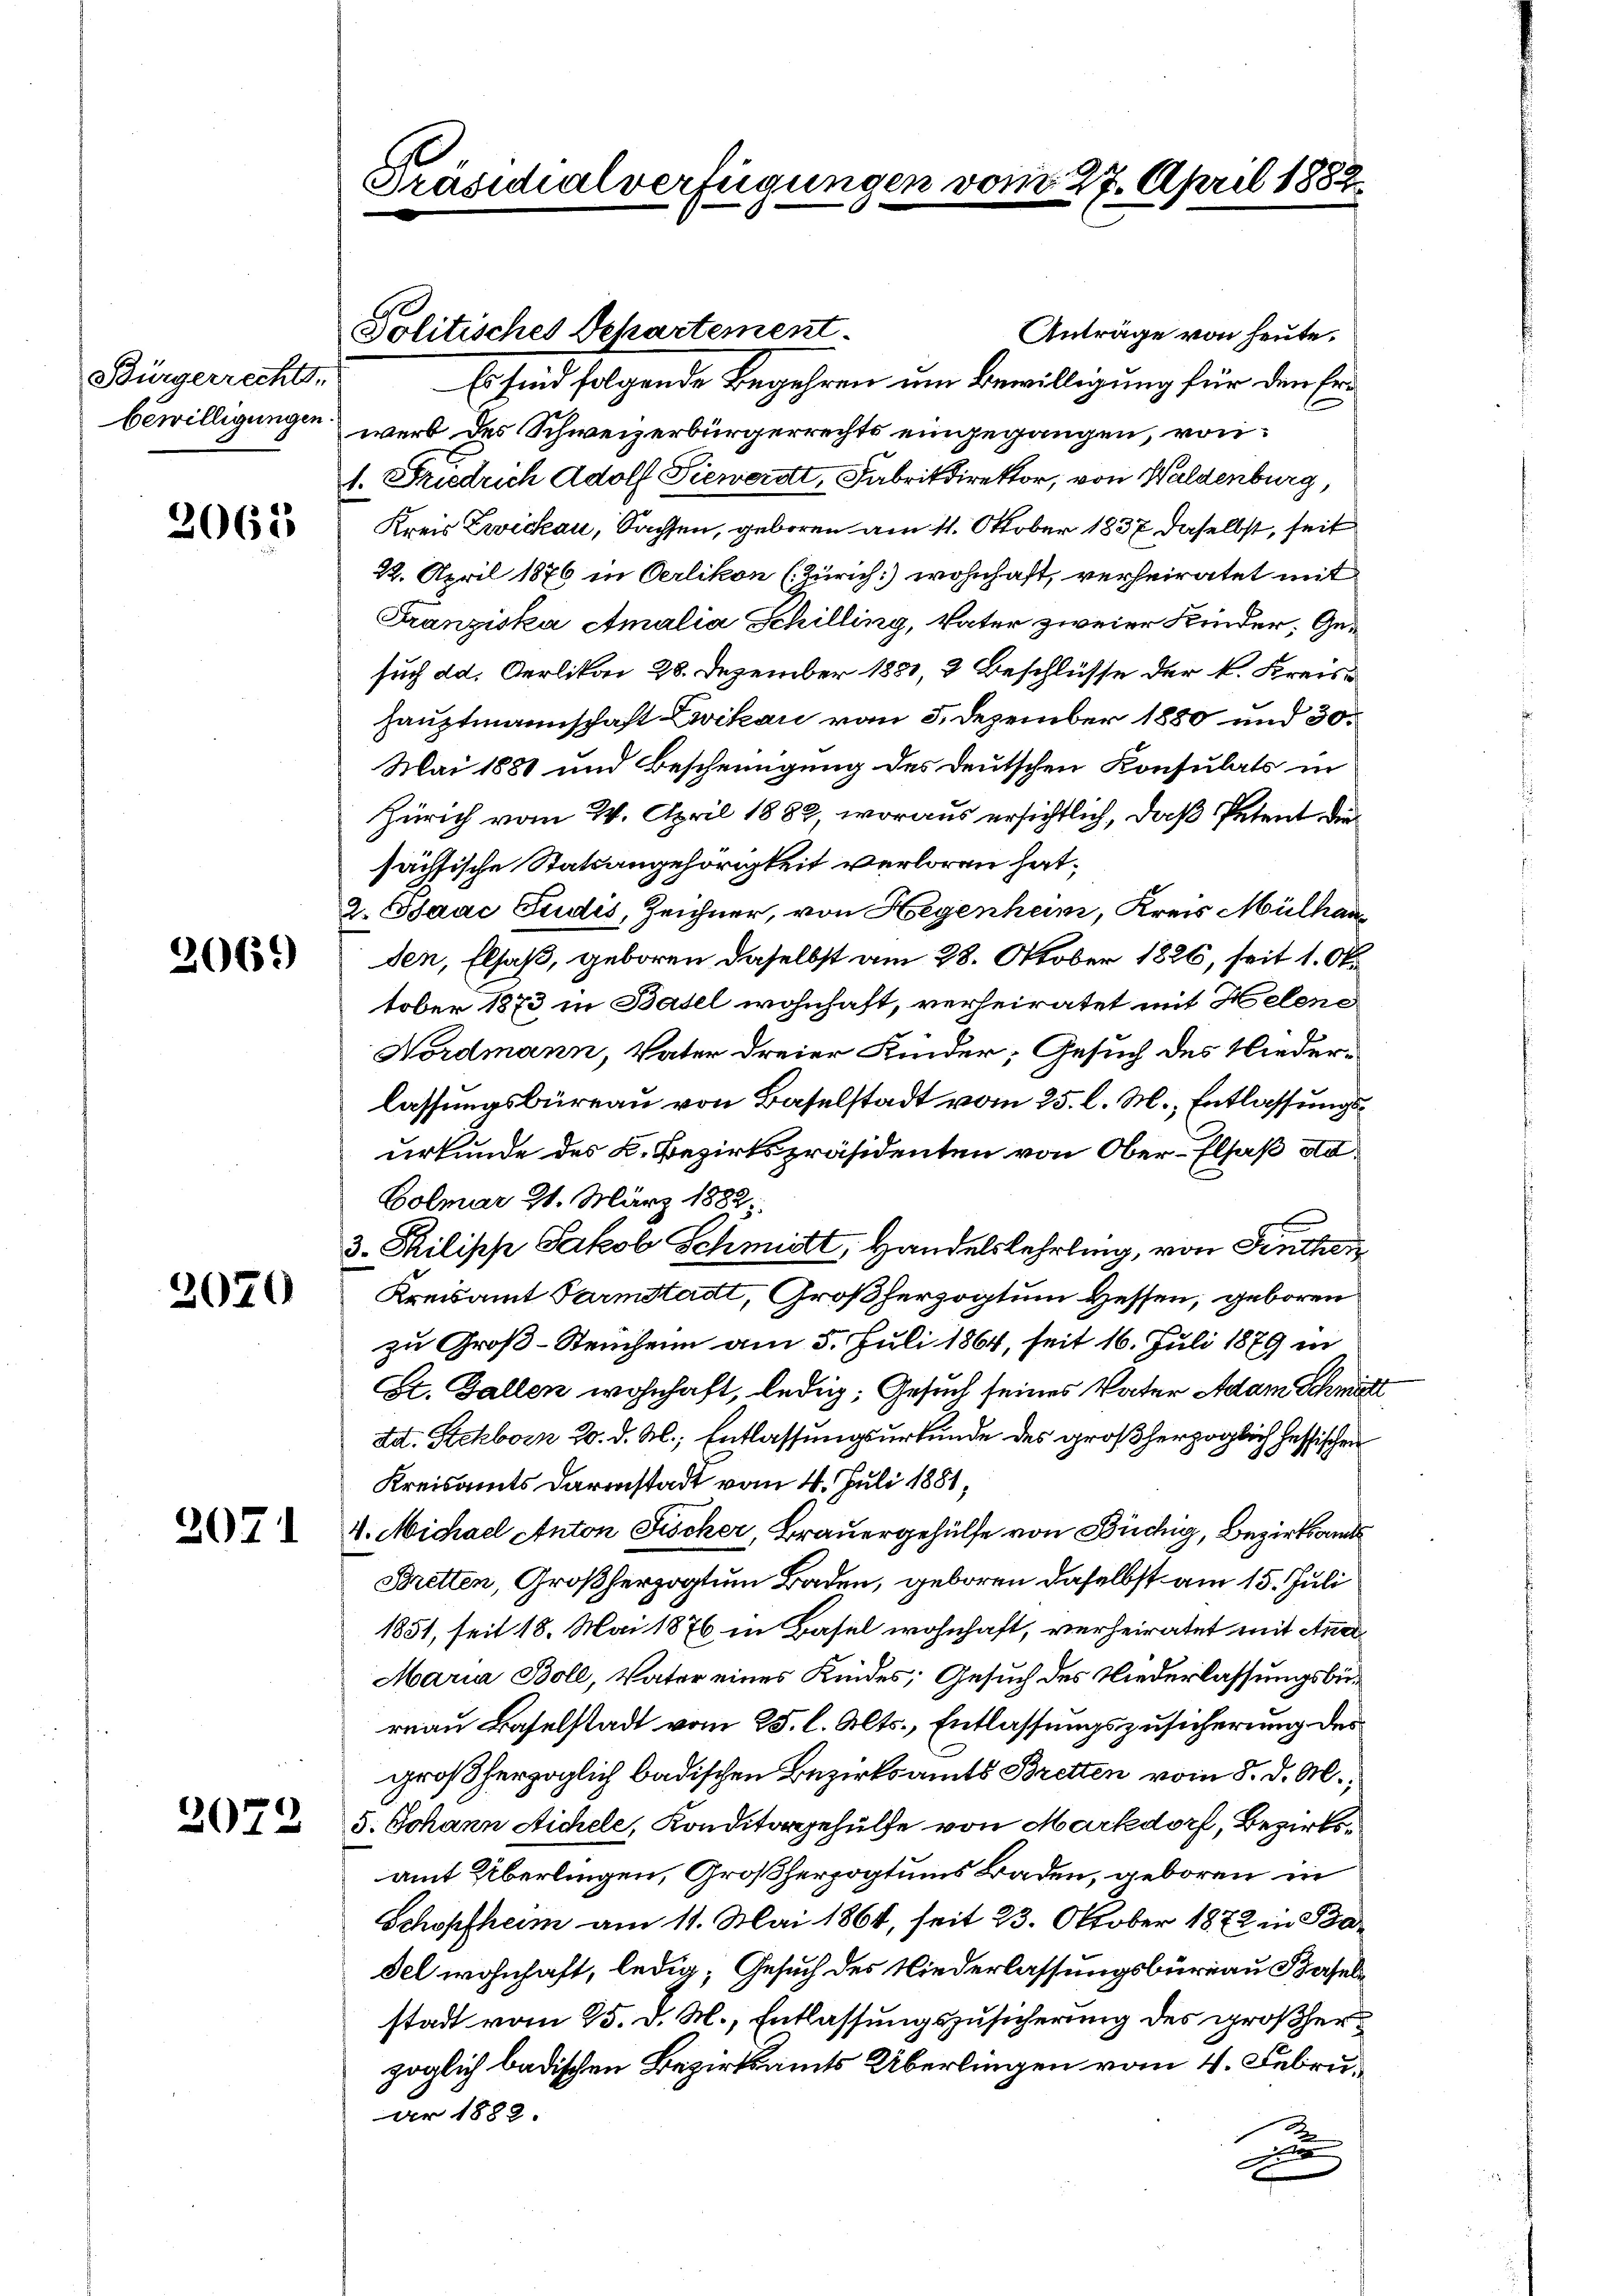
Bürgerrechts,

2068

2069)

2070

2071

2072

Anträge von heute.
Es sind folgende Begehren um Bewilligung für den Erbewilligungen werb des Schweizerbürgerrechts eingegangen, von
1. Friedrich Adolf Sienerat, Fabrikdirektor, von Waldenburg,
Kreis Zwickau, Sachsen, geboren am 11. Oktober 1837 daselbst, seit
22. April 1876 in Oerlikon (Zürich) wohnhaft, verheiratet mit
Franziska Amalia Schilling, Vater zweier Kinder, Gesuch da. Oerlikon 28. Dezember 1831, 2 Beschlüsse der k. Kreishauptmannschaft Zwikau vom 3. Dezember 1880 und 30.
Mai 1888 und Bescheinigung des deutschen Konsulats in
Zürich vom 24. April 1882, woraus ersichtlich, daß Petent die
sächsische Statsangehörigkeit verloren hat,
2. Isaac Sudis, Zeichner, von Hegenheim, Kreis Mülhau
den, Elsaß, geboren daselbst am 28. Oktober 1826, seit 1. Ok
tober 1873 in Basel wohnhaft, verheiratet mit Helene
Nordmann, Vater dreier Kinder, Gesuch des Nieder-
lassungsbüreau von Baselstadt vom 25. l. M., Entlassungsurkunde des K. Bezirkspräsidenten von Ober-Elsaß ad
Colmar 21. März 1882
3. Philische Jakob Schmidt, Handelslehrling, von Fenthei
Kreisamt Parmstadt, Großherzogtum Hessen, geboren
zu Groß-Steinheim am 5. Juli 1864, seit 16. Juli 1879 in
St. Gallen wohnhaft, ledig, Gesuch seines Vater Adam Schmitt
dat. Stehborn 20. d. M., Entlassungsurkunde des großherzoglich hessischen
Kreisamts Darmstadt vom 4. Juli 1881,
V. Michael Anton Fischer Brauergehülfe von Büchig, Bezirksamts
Bretten, Großherzogtum Baden, geboren daselbst am 15. Juli
1851, seit 18. Mai 1876 in Basel wohnhaft, verheiratet mit Ana¬
Maria Boll, Vater eines Kindes; Gesuch des Niederlassungsbereau Baselstadt vom 25. l. Mts., Entlassungszusicherung des
großherzoglich badischen Bezirksamts Bretten vom 8. d. M.,
5. Johann Sichele, Konditorgehülfe von Markdorf, Bezirksamt Überlingen, Großherzogtums Baden, geboren in
Schopfheim am 11. Mai 1864, seit 23. Oktober 1872 in Ba¬
Fel wohnhaft, ledig, Gesuch des Niederlassungsbureau Basel
stadt vom 25. d. M., Entlassungszusicherung des großherzöglich badischen Bezirksamts Überlingen vom 4. Februar 1882.
x

Politisches Departement-

Präsidialverfügung.

27. April 1882